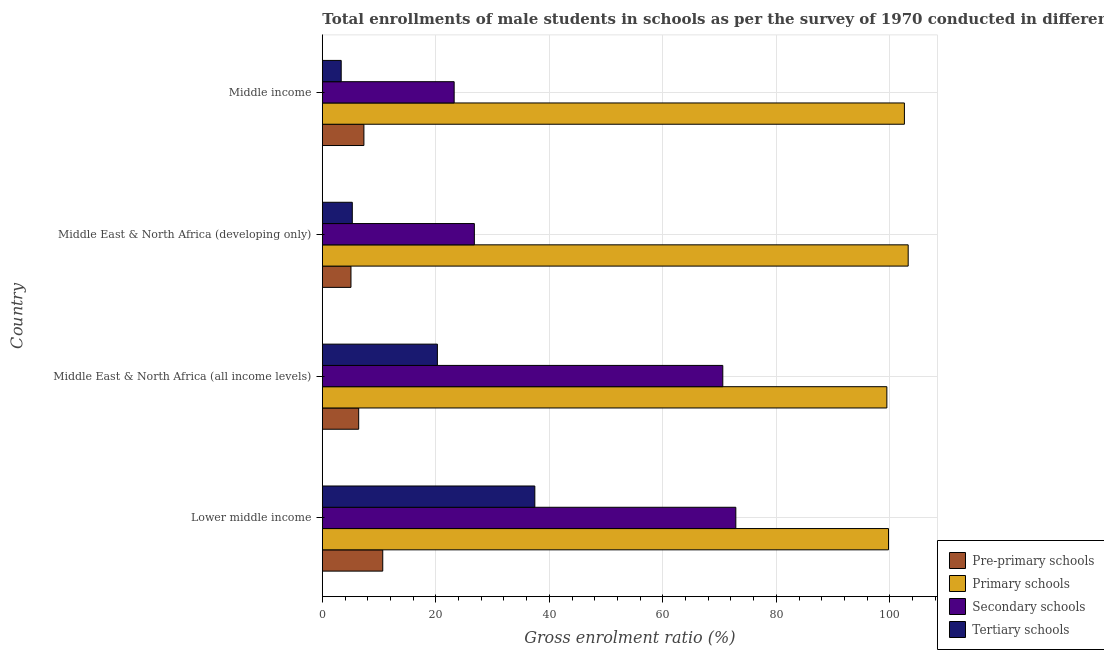
| Country | Pre-primary schools | Primary schools | Secondary schools | Tertiary schools |
 | --- | --- | --- | --- | --- |
 | Lower middle income | 10.6 | 99.8 | 72.9 | 37.4 |
 | Middle East & North Africa (all income levels) | 6.41 | 99.5 | 70.6 | 20.3 |
 | Middle East & North Africa (developing only) | 5.05 | 103 | 26.8 | 5.28 |
 | Middle income | 7.33 | 103 | 23.2 | 3.32 |